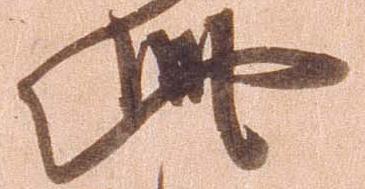
此